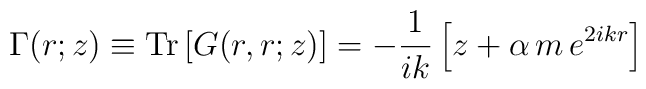
\Gamma(r;z)\equiv {\rm Tr}\left[G(r,r;z)\right]= -\frac{1}{ik}\left[z+\alpha\, m\, e^{2ikr}\right]